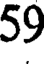
59